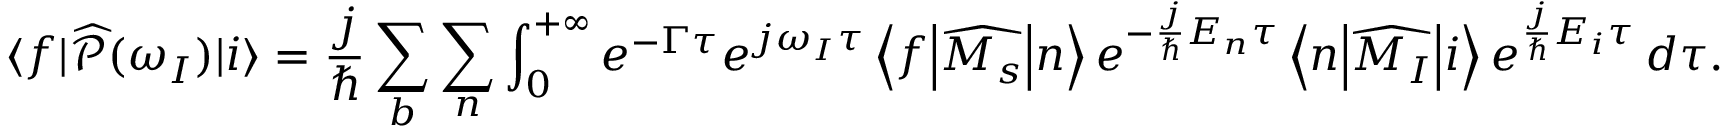
\langle f \vert \widehat { \mathcal { P } } ( \omega _ { I } ) \vert i \rangle = \frac { j } { \hbar } \sum _ { b } \sum _ { n } \int _ { 0 } ^ { + \infty } e ^ { - \Gamma \tau } e ^ { j \omega _ { I } \tau } \left< f \middle | \widehat { M _ { s } } \middle | n \right> e ^ { - \frac { j } { \hbar } E _ { n } \tau } \left< n \middle | \widehat { M _ { I } } \middle | i \right> e ^ { \frac { j } { \hbar } E _ { i } \tau } \, d \tau .